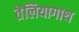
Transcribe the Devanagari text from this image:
तेलियागाथ